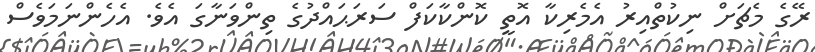
ރޭގެ މެޗަށް ނިކުތްއިރު އެމެރިކާ އޮތީ ކޮންކާކަފް ސަރަޙައްދުގެ ތިންވަނާގަ އެވެ. އެހެންނަމަވެސް